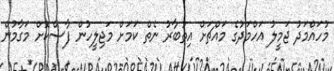
މުހައްމަދު ޖަމީލު އަހްމަދުގެ މައްޗަށް އިތުބާރު ނެތް ކަމަށް މަޖިލީހުން ފާސްކޮށް މަގާމުން